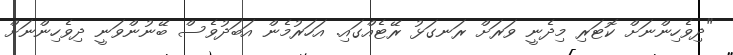
"ދިވެހިންނަށް ކޮޓަރި މިދެނީ ވަރަށް ރަނގަޅު ރޭޓެއްގައި. އަހަރުމެން އަބަދުވެސް ބޭނުންވަނީ ދިވެހިންނަށް